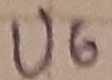
Text: U6